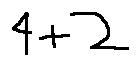
4 + 2